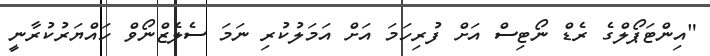
"އިންޓަޕޯލްގެ ރެޑް ނޯޓިސް އަށް ފުރިހަމަ އަށް އަމަލުކުރި ނަމަ ސެލެޒްނޯވް ހައްޔަރުކުރާނީ